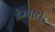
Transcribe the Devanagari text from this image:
हेम्पस्टीड